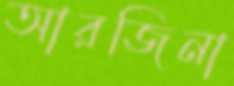
আরজিনা